Scottish Leaving Certificate Examination, 1959
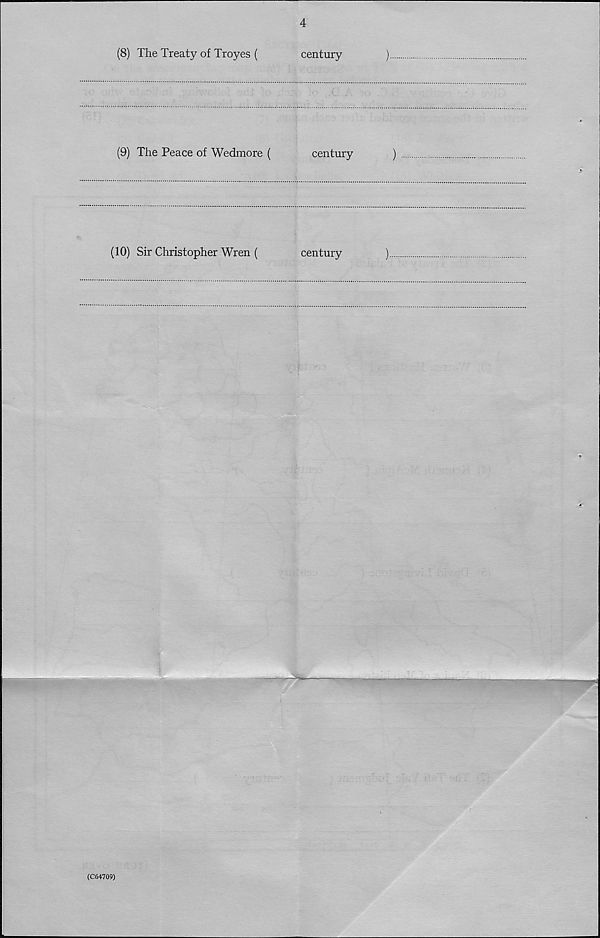
4
(8) The Treaty of Troyes (
century
(9) The Peace of Wedmore (
century
)
(10) Sir Christopher Wren (
century
)
(C64709)